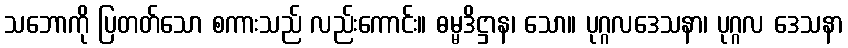
သဘောကို ပြတတ်သော စကားသည် လည်းကောင်း။ ဓမ္မဒိဋ္ဌာန၊ သော။ ပုဂ္ဂလဒေသနာ၊ ပုဂ္ဂလ ဒေသနာ